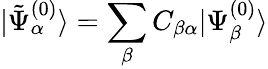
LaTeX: |\tilde{\Psi}_{\alpha}^{(0)}\rangle=\sum_{\beta}C_{\beta\alpha}|\Psi_{\beta}^{(0)}\rangle